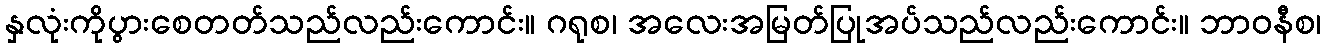
နှလုံးကိုပွားစေတတ်သည်လည်းကောင်း။ ဂရုစ၊ အလေးအမြတ်ပြုအပ်သည်လည်းကောင်း။ ဘာဝနီစ၊